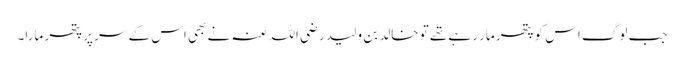
جب لوگ اس کو پتھر مار رہے تھے تو خالد بن ولید رضی اللہ عنہ نے بھی اس کے سر پر پتھر مارا۔